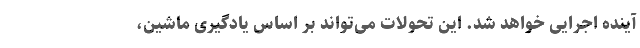
آینده اجرایی خواهد شد. این تحولات می‌تواند بر اساس یادگیری ماشین،